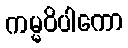
ကမ္မဝိပါကော